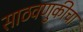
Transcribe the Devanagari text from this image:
साठवणुकीचा